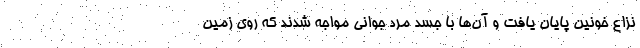
نزاع خونین پایان یافت و آن‌ها با جسد مرد جوانی مواجه شدند که روی زمین